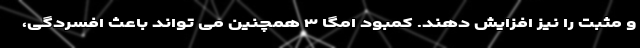
و مثبت را نیز افزایش دهند. کمبود امگا ۳ همچنین می تواند باعث افسردگی،